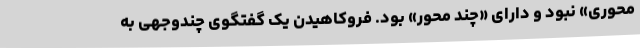
‌محوری» نبود و دارای «چند محور» بود. فروکاهیدن یک گفتگوی چندوجهی به